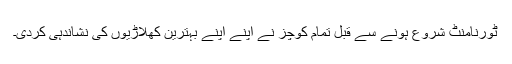
ٹورنامنٹ شروع ہونے سے قبل تمام کوچز نے اپنے اپنے بہترین کھلاڑیوں کی نشاندہی کردی۔